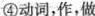
④动词，作，做